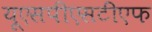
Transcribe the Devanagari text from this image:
यूएसपीएसटीएफ